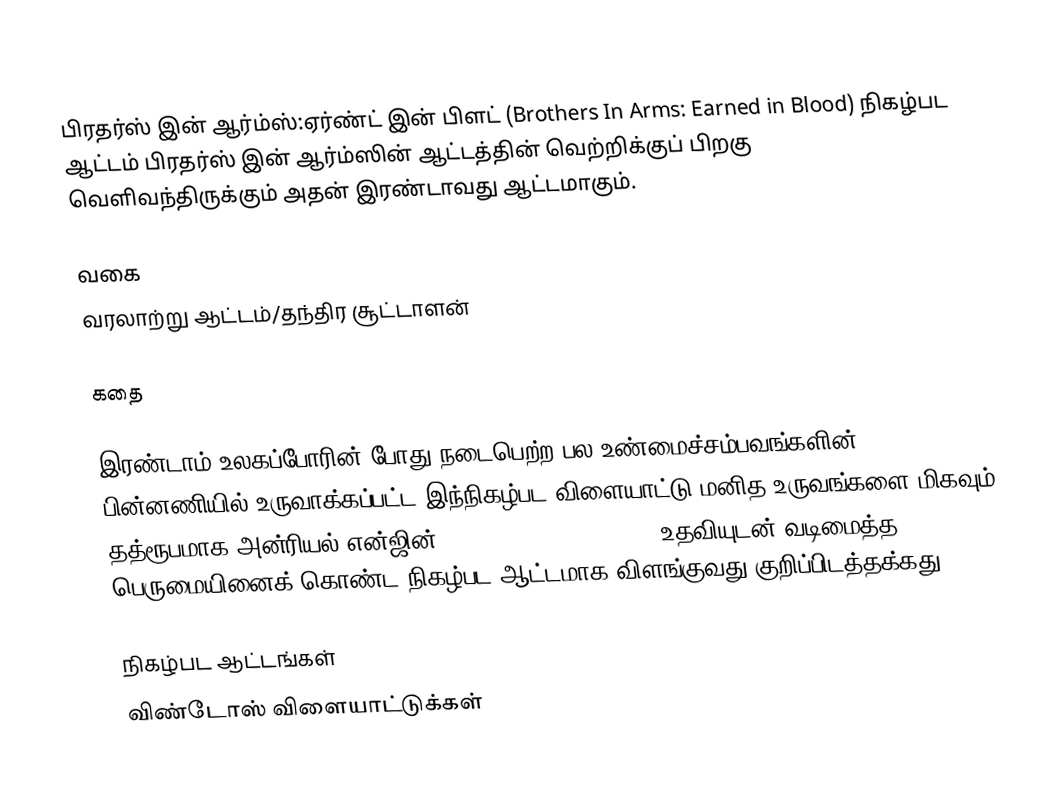
பிரதர்ஸ் இன் ஆர்ம்ஸ்:ஏர்ண்ட் இன் பிளட் (Brothers In Arms: Earned in Blood) நிகழ்பட ஆட்டம் பிரதர்ஸ் இன் ஆர்ம்ஸின் ஆட்டத்தின் வெற்றிக்குப் பிறகு வெளிவந்திருக்கும் அதன் இரண்டாவது ஆட்டமாகும்.

வகை
வரலாற்று ஆட்டம்/தந்திர சூட்டாளன்

கதை

இரண்டாம் உலகப்போரின் போது நடைபெற்ற பல உண்மைச்சம்பவங்களின் பின்னணியில் உருவாக்கப்பட்ட இந்நிகழ்பட விளையாட்டு மனித உருவங்களை மிகவும் தத்ரூபமாக அன்ரியல் என்ஜின் 2.0 (Unreal Engine 2.0) உதவியுடன் வடிமைத்த பெருமையினைக் கொண்ட நிகழ்பட ஆட்டமாக விளங்குவது குறிப்பிடத்தக்கது.

நிகழ்பட ஆட்டங்கள்
விண்டோஸ் விளையாட்டுக்கள்